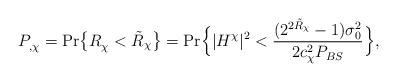
LaTeX: \begin{align*} P^{}_{,\chi} =\mathrm{Pr}\big\{{R}^{}_\chi< \Tilde{R}_\chi\big\} = \mathrm{Pr}\Big\{ |H^\chi|^2 < \frac{(2^{2\Tilde{R}_\chi}-1)\sigma^2_0}{2c^2_\chi P_{BS}} \Big\},\end{align*}